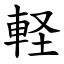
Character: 軽